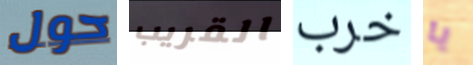
حول القريب خرب يا